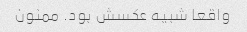
واقعا شبیه عکسش بود. ممنون